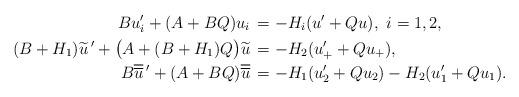
LaTeX: \begin{align*} B{u}_i^\prime + (A+BQ)u_i & \,= -H_i(u^\prime+Qu),\ i=1,2, \\(B+H_1)\widetilde{u}\,^\prime + \bigl(A+(B+H_1)Q\bigr)\widetilde{u} & \,= -H_2(u^\prime_++Qu_+), \\B\overline{\overline{u}}\,^\prime + (A+BQ)\overline{\overline{u}} & \,= -H_1({u}_2'+Q{u}_2)-H_2({u}_1'+Q{u}_1).\end{align*}